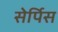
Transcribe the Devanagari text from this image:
सेर्पिस